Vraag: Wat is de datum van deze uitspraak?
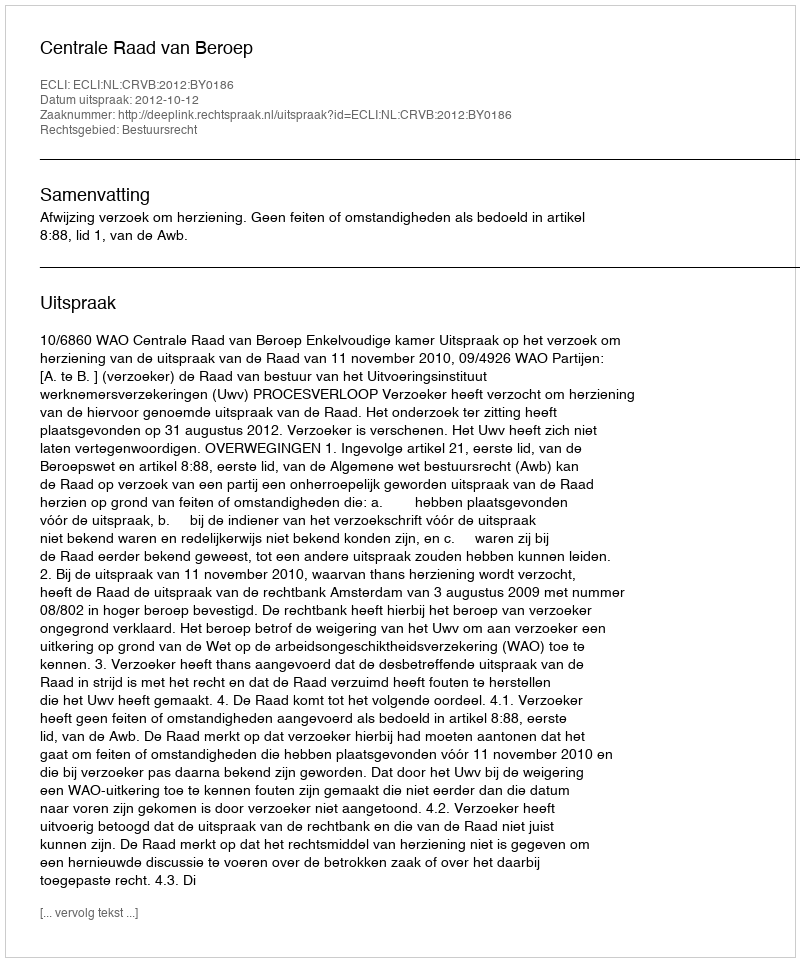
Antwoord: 2012-10-12